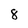
Character: 8